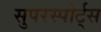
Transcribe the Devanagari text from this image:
सुपरस्पोर्ट्‌स